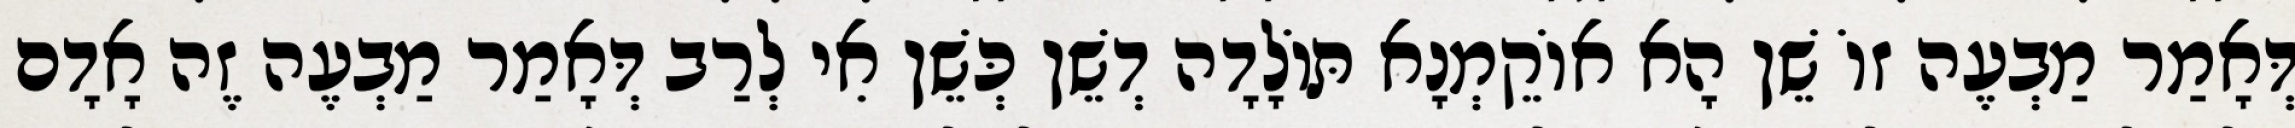
דְּאָמַר מַבְעֶה זוֹ שֵׁן הָא אוֹקֵמְנָא תּוֹלָדָה דְשֵׁן כְּשֵׁן אִי לְרַב דְּאָמַר מַבְעֶה זֶה אָדָם